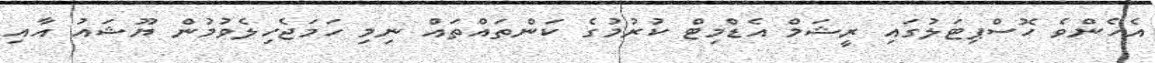
އެހެންވެ ހޮސްޕިޓަލުގައި ރީޝަމް އެޑްމިޓް ކުރުމުގެ ކަންތައްތައް ނިމި ހަމަޖެހިލެވުމުން ޔޫޝައު އާއި